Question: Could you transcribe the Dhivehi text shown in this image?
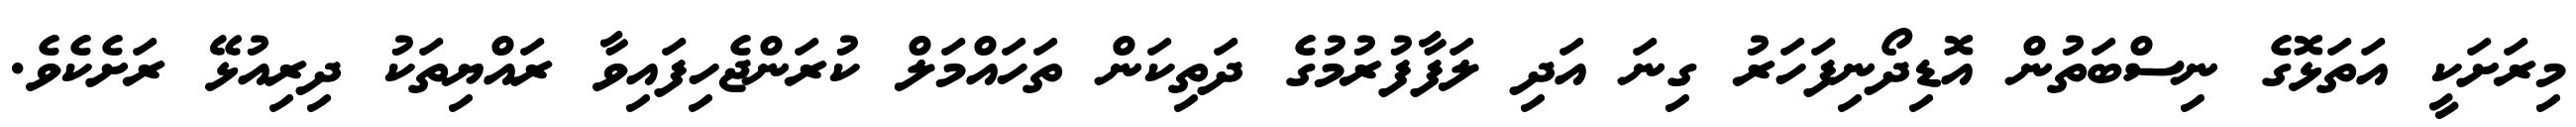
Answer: މިރަށަކީ އަތަޅޮގެ ނިސްބަތުން އޮޑިދޯނިފަހަރު ގިނަ އަދި ލަފާފުރުމުގެ ދަތިކަން ތަހައްމަލް ކުރަންޖެހިފައިވާ ރައްޔިތަކު ދިރިއުޅޭ ރަށެކެވެ.